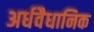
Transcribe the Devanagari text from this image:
अर्धवैधानिक